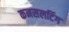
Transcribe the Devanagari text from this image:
कनसलटिंग